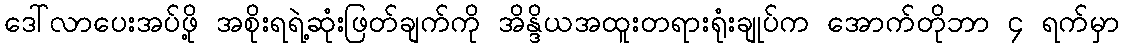
ဒေါ်လာပေးအပ်ဖို့ အစိုးရရဲ့ဆုံးဖြတ်ချက်ကို အိန္ဒိယအထူးတရားရုံးချုပ်က အောက်တိုဘာ ၄ ရက်မှာ